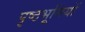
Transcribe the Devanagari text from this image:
पृष्‍ठभूमियों